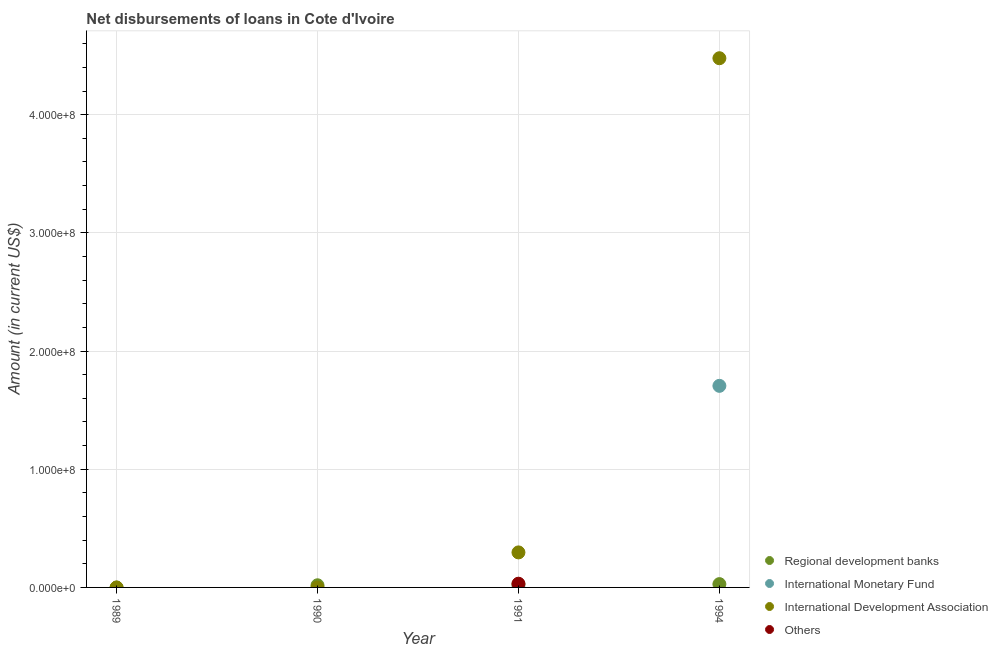
| Year | Regional development banks | International Monetary Fund | International Development Association | Others |
 | --- | --- | --- | --- | --- |
 | 1989 | -8.3e+04 | -7.45e+06 | -7.5e+04 | -1.61e+07 |
 | 1990 | 1.81e+06 | -4.28e+06 | -7.5e+04 | -1.31e+07 |
 | 1991 | 2.48e+06 | -2.68e+05 | 2.96e+07 | 3.14e+06 |
 | 1994 | 2.8e+06 | 1.71e+08 | 4.48e+08 | -6.28e+06 |